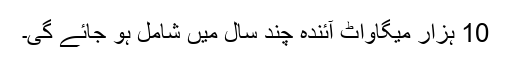
10 ہزار میگاواٹ آئندہ چند سال میں شامل ہو جائے گی۔